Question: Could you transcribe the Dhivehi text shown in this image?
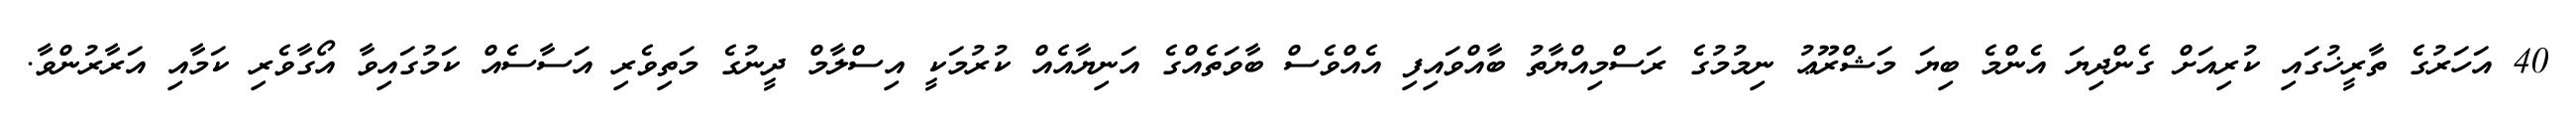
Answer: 40 އަހަރުގެ ތާރީޚުގައި ކުރިއަށް ގެންދިޔަ އެންމެ ބިޔަ މަޝްރޫޢު ނިމުމުގެ ރަސްމިއްޔާތު ބާއްވައިފި އެއްވެސް ބާވަތެއްގެ އަނިޔާއެއް ކުރުމަކީ އިސްލާމް ދީނުގެ މަތިވެރި އަސާސެއް ކަމުގައިވާ އޯގާވެރި ކަމާއި އަރާރުންވާ.